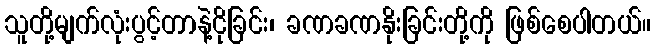
သူတို့မျက်လုံးပွင့်တာနဲ့ငိုခြင်း၊ ခဏခဏနိုးခြင်းတို့ကို ဖြစ်စေပါတယ်။